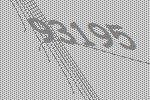
93195